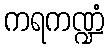
ကရကဏ္ဍံ